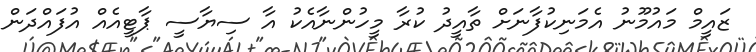
ޒައީމް މައުމޫނު އެމަނިކުފާނަށް ތާއީދު ކުރާ މީހުންނާއެކު އާ ސިޔާސީ ޕާޓީއެއް އުފައްދަން